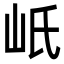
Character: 㞴